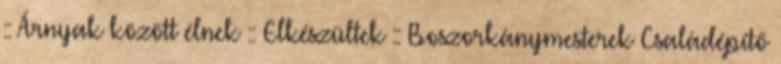
:: Árnyak között élnek :: Elkészültek :: Boszorkánymesterek Családépítő